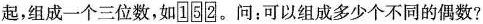
起，组成一个三位数，如152。问：可以组成多少个不同的偶数?